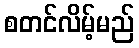
စတင်လိမ့်မည်